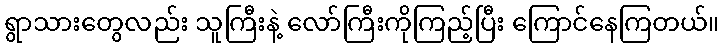
ရွာသားတွေလည်း သူကြီးနဲ့ လော်ကြီးကိုကြည့်ပြီး ကြောင်နေကြတယ်။